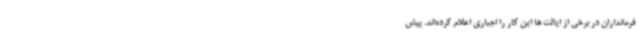
فرمانداران در برخی از ایالت ها این کار را اجباری اعلام کرده‌اند. پیش